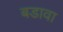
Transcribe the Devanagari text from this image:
बडावा